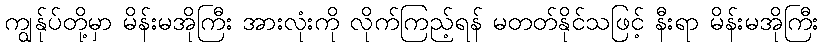
ကျွန်ုပ်တို့မှာ မိန်းမအိုကြီး အားလုံးကို လိုက်ကြည့်ရန် မတတ်နိုင်သဖြင့် နီးရာ မိန်းမအိုကြီး